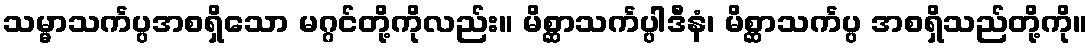
သမ္မာသင်္ကပ္ပအစရှိသော မဂ္ဂင်တို့ကိုလည်း။ မိစ္ဆာသင်္ကပ္ပါဒီနံ၊ မိစ္ဆာသင်္ကပ္ပ အစရှိသည်တို့ကို။